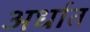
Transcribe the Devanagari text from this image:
अर्धात